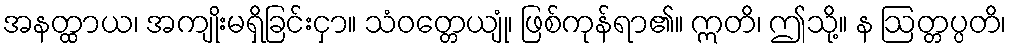
အနတ္ထာယ၊ အကျိုးမရှိခြင်းငှာ။ သံဝတ္တေယျုံ၊ ဖြစ်ကုန်ရာ၏။ ဣတိ၊ ဤသို့။ န ဩတ္တပ္ပတိ၊